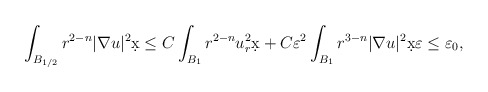
\begin{align*}\int_{B_{1/2}} r^{2-n} |\nabla u|^2 \d x \leq C \int_{B_{1}} r^{2-n} u_r^2 \d x + C \varepsilon^2 \int_{B_{1}} r^{3-n}|\nabla u|^2 \d x \varepsilon \leq \varepsilon_0,\end{align*}